Document type: Dowry acquittance
Year: 1427
Scribe: Pere Tarafa
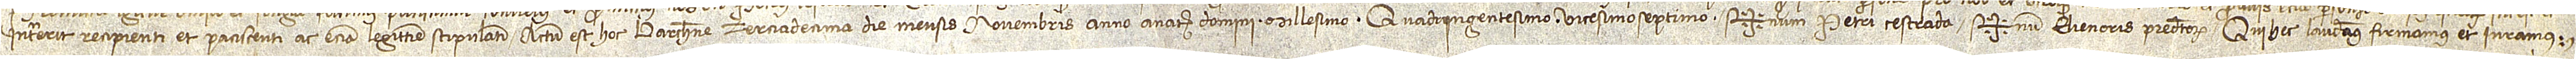
intererit recipienti et paciscenti ac etiam legittime stipulanti. Actum est hoc Barchinone terciadecima die mensis novembris, anno a Nativitate Domini millesimo quadringentesimo vicesimo septimo. Sig+num Petri Cestrada, Sig+num Elienoris, predictorum, qui hec laudamus, firmamus et iuramus.